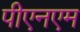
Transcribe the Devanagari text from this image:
पीएनएम